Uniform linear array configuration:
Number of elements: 64
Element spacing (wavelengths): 0.5
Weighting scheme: binomial
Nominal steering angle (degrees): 30
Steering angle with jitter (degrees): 31.335
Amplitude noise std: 0.05
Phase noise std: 0.05

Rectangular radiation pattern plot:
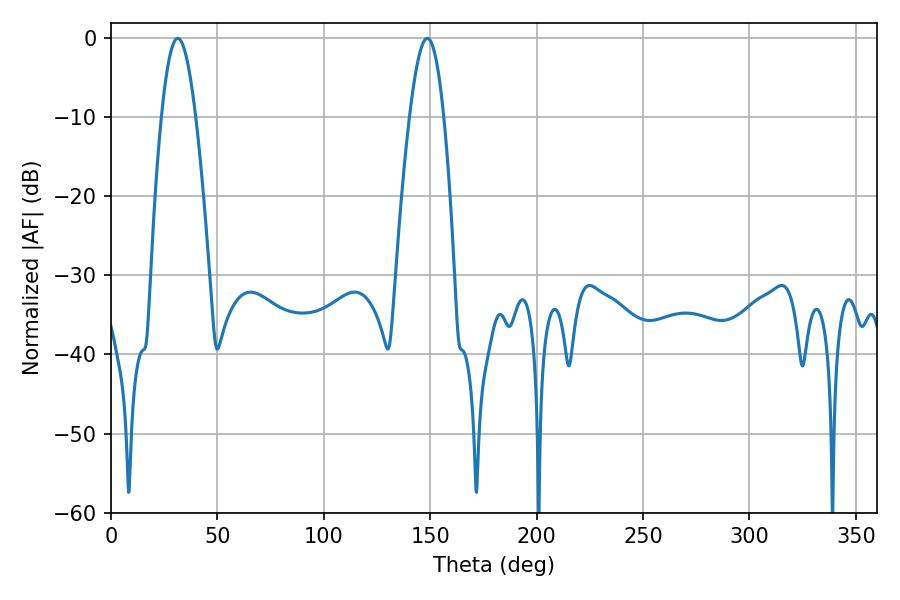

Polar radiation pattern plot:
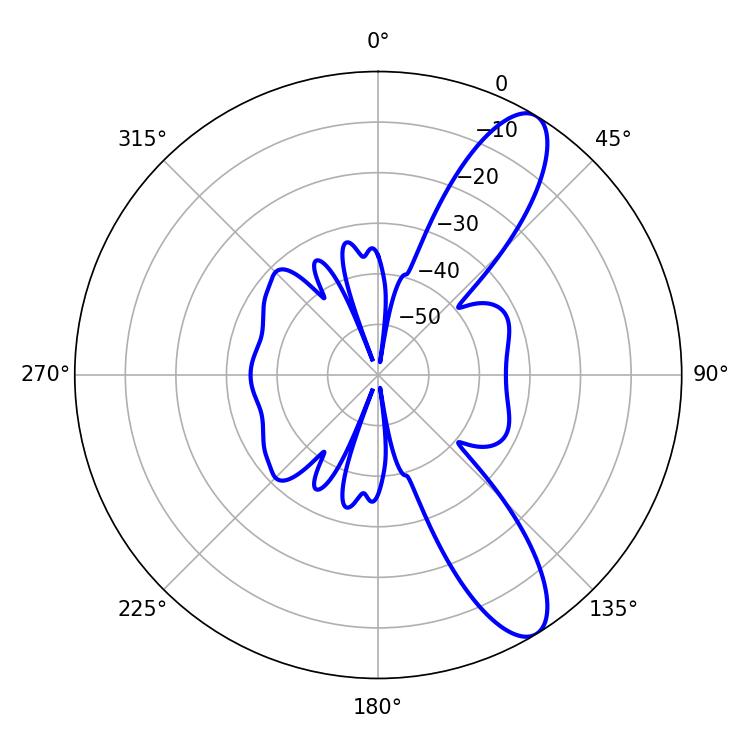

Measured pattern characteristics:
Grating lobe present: FALSE
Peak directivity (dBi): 10.646
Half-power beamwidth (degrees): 8.64
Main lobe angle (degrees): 31.32